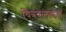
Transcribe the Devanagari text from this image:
चित्रकलेबद्दल